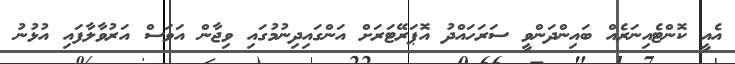
އެއީ ކޮންޓެއިނަރެއް ބައިންދަންވީ ސަރަހައްދު އޮޕަރޭޓަރަށް އަންގައިދިނުމުގައި ވިޖާން އަވަސް އަރުވާލާފައި އުޅުނު